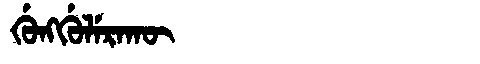
Manchu: ᡤᡠᠩᡤᡠᠯᡝᡵᠠᡴᡡ
Romanization: GUNGGULERAKŪ